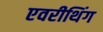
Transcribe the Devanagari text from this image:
एवरीथिंग